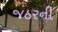
જઠરની